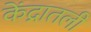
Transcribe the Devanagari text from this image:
केंद्रातली